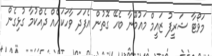
މަވޯޓާ ޝަރީފު ޒައީމް މައުމޫނާ ބެހޭ ގޮތުން އެފަދަ ވާހަކައެއް ދެއްކުމާ ގުޅިގެން